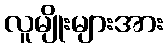
လူမျိုးများအား